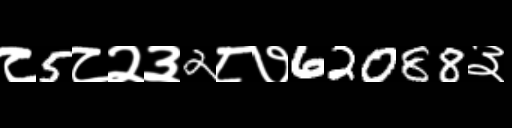
Text: ८5८२३2८७62088३